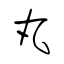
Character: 丸